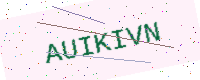
Text: AUIKIVN